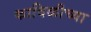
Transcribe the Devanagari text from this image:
काविळीच्या